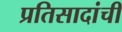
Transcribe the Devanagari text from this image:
प्रतिसादांची